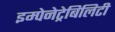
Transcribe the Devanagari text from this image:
इम्पेनेट्रेबिलिटी